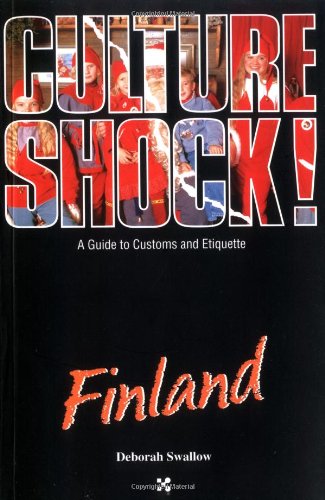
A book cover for Finland (Culture Shock! A Survival Guide to Customs & Etiquette); Deborah Swallow; Travel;